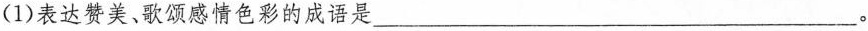
(1)表达赞美、歌颂感情色彩的成语是\underline。